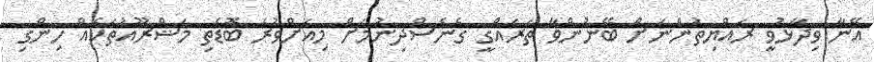
އޭނާ ވިދާޅުވީ ރައްޔިތުންނަށް ބޭނުންވާ ތަރައްގީ ގެނެސްދިނުމަށް މިއަށްވުރެ ބޮޑެތި މަޝްރޫއުތަކެއް ހިންގި